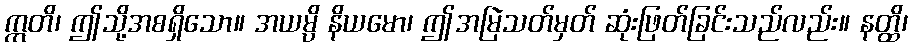
ဣတိ၊ ဤသို့အစရှိသော။ အယမ္ပိ နိယမော၊ ဤအမြဲသတ်မှတ် ဆုံးဖြတ်ခြင်းသည်လည်း။ နတ္ထိ၊